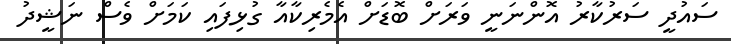
ސައުދީ ސަރުކާރު އޮންނަނީ ވަރަށް ބޮޑަށް އެމެރިކާއާ ގުޅިފައި ކަމަށް ވެސް ނަޝީދު